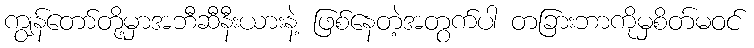
ကျွန်တော်တို့မှာအဘီဆီနီးယားနဲ့ ဖြစ်နေတဲ့အတွက်ပါ တခြားဘာကိုမှစိတ်မဝင်